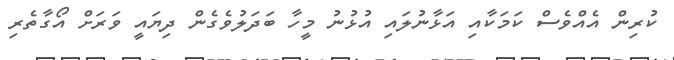
ކުރިން އެއްވެސް ކަމަކާއި އަޅާނުލައި އުޅުނު މީހާ ބަދަލުވެގެން ދިޔައީ ވަރަށް އޯގާތެރި